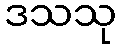
ဒသသု